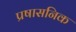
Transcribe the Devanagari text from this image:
प्रषासनिक